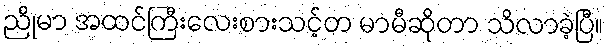
ညိုမာ အထင်ကြီးလေးစားသင့်တ မာမီဆိုတာ သိလာခဲ့ပြီ။